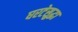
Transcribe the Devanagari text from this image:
घरटेसुद्धा